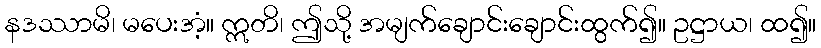
နဒဿာမိ၊ မပေးအံ့။ ဣတိ၊ ဤသို့ အမျက်ချောင်းချောင်းထွက်၍။ ဥဋ္ဌာယ၊ ထ၍။